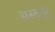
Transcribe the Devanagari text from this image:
सस्तापूर